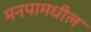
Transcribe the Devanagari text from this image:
मनपामधील